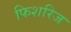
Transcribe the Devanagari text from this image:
फिशरिज